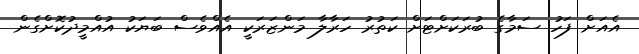
އެއަށް ފަހު ސަމާގެ ބުރަކަށްޓަށް ކަތުރު ހަރާލާ މަންޒަރަކީ އެއްވެސް ބަޔަކު އުއްމީދުކޮށްގެން